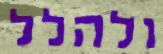
ולהלל